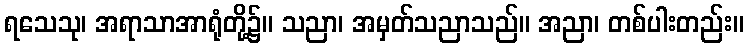
ရသေသု၊ အရာသာအာရုံတို့၌။ သညာ၊ အမှတ်သညာသည်။ အညာ၊ တစ်ပါးတည်း။